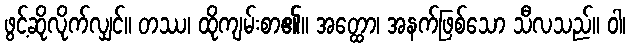
ဖွင့်ဆိုလိုက်လျှင်။ တဿ၊ ထိုကျမ်းစာ၏။ အတ္ထော၊ အနက်ဖြစ်သော သီလသည်။ ဝါ၊